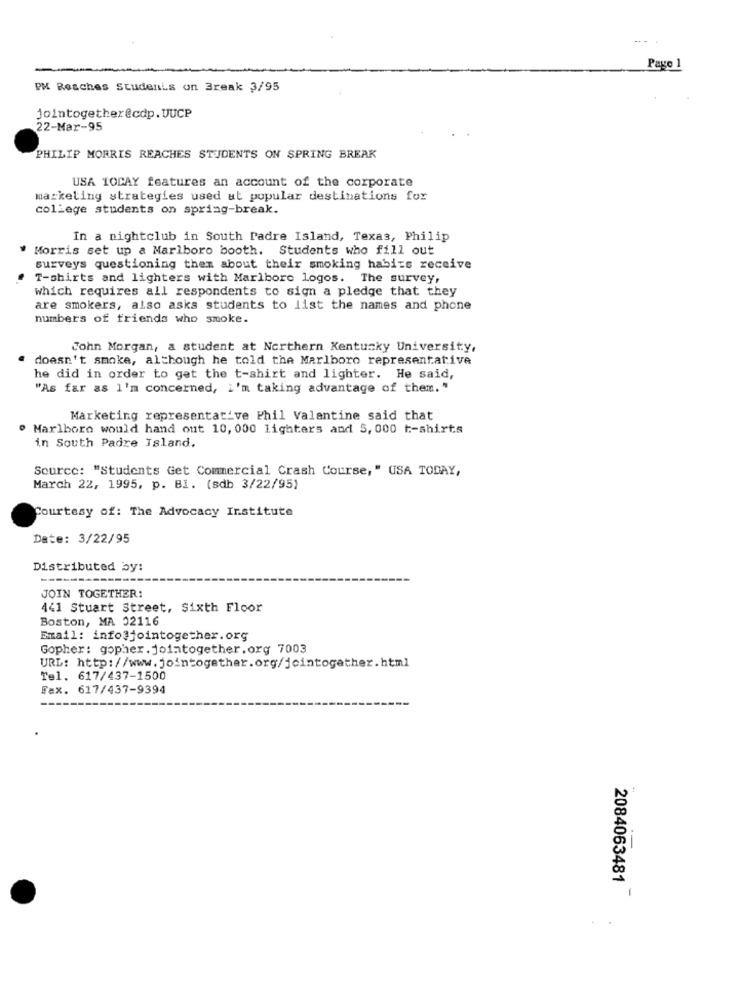
-...
Page 1
PM Resches Students on Break 3/95
jointogether@cdp. UUCP
22-Mar-95
PHILIP MORRIS REACHES STUDENTS ON SPRING BREAK
USA TODAY features an account of the corporate
marketing strategies used at popular destinations for
college students on spring-break.
In a nightclub in South Padre Island, Texas, Philip
Morris set up a Marlboro booth. Students who fill out
surveys questioning them about their smoking habits receive
T-shirts and lighters with Marlboro logos. The survey,
which requires all respondents to sign a pledge that they
are smokers, also asks students to list the names and phone
numbers of friends who smoke.
John Morgan, a student at Northern Kentucky University,
doesn't smoke, although he told the Marlboro representative
he did in order to get the t-shirt and lighter. He said,
"As far as I'm concerned, i'm taking advantage of them. "
Marketing representative Phil Valentine said that
" Marlboro would hand out 10, 000 lighters and 5, 000 t-shirts
in South Padre Island.
Source: "Students Get Commercial Crash Course, " USA TODAY,
March 22, 1995, p. Bi. (sdb 3/22/95)
Courtesy of: The Advocacy Institute
Date: 3/22/95
Distributed by:
JOIN TOGETHER:
441 Stuart Street, Sixth Floor
Boston, MA 02116
Email: info@jointogether.org
Gopher: gopher.jointogether.org 7003
URL: http://www.jointogether.org/jointogether.html
Tel. 617/437-1500
Fax. 617/437-9394
2084063481
1